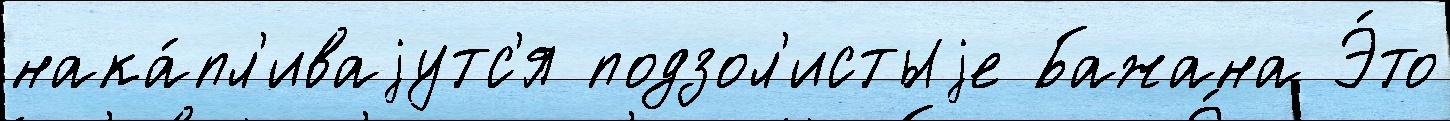
нака́пл'иваjутс'я подзол'истыjе Бажана Э́то